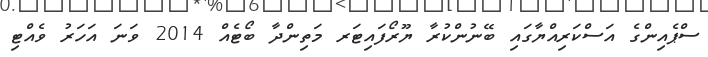
ސްޕެއިންގެ އަސްކަރިއްޔާގައި ބޭނުންކުރާ ޔޫރޯފައިޓަރ މަތިންދާ ބޯޓެއް 2014 ވަނަ އަހަރު ވެއްޓި